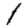
Digit: 1